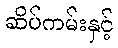
ဆိပ်ကမ်းနှင့်